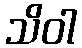
သိဝါ